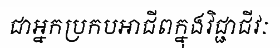
ជាអ្នកប្រកបអាជីពក្នុងវិជ្ជាជីវៈ